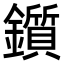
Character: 鑕